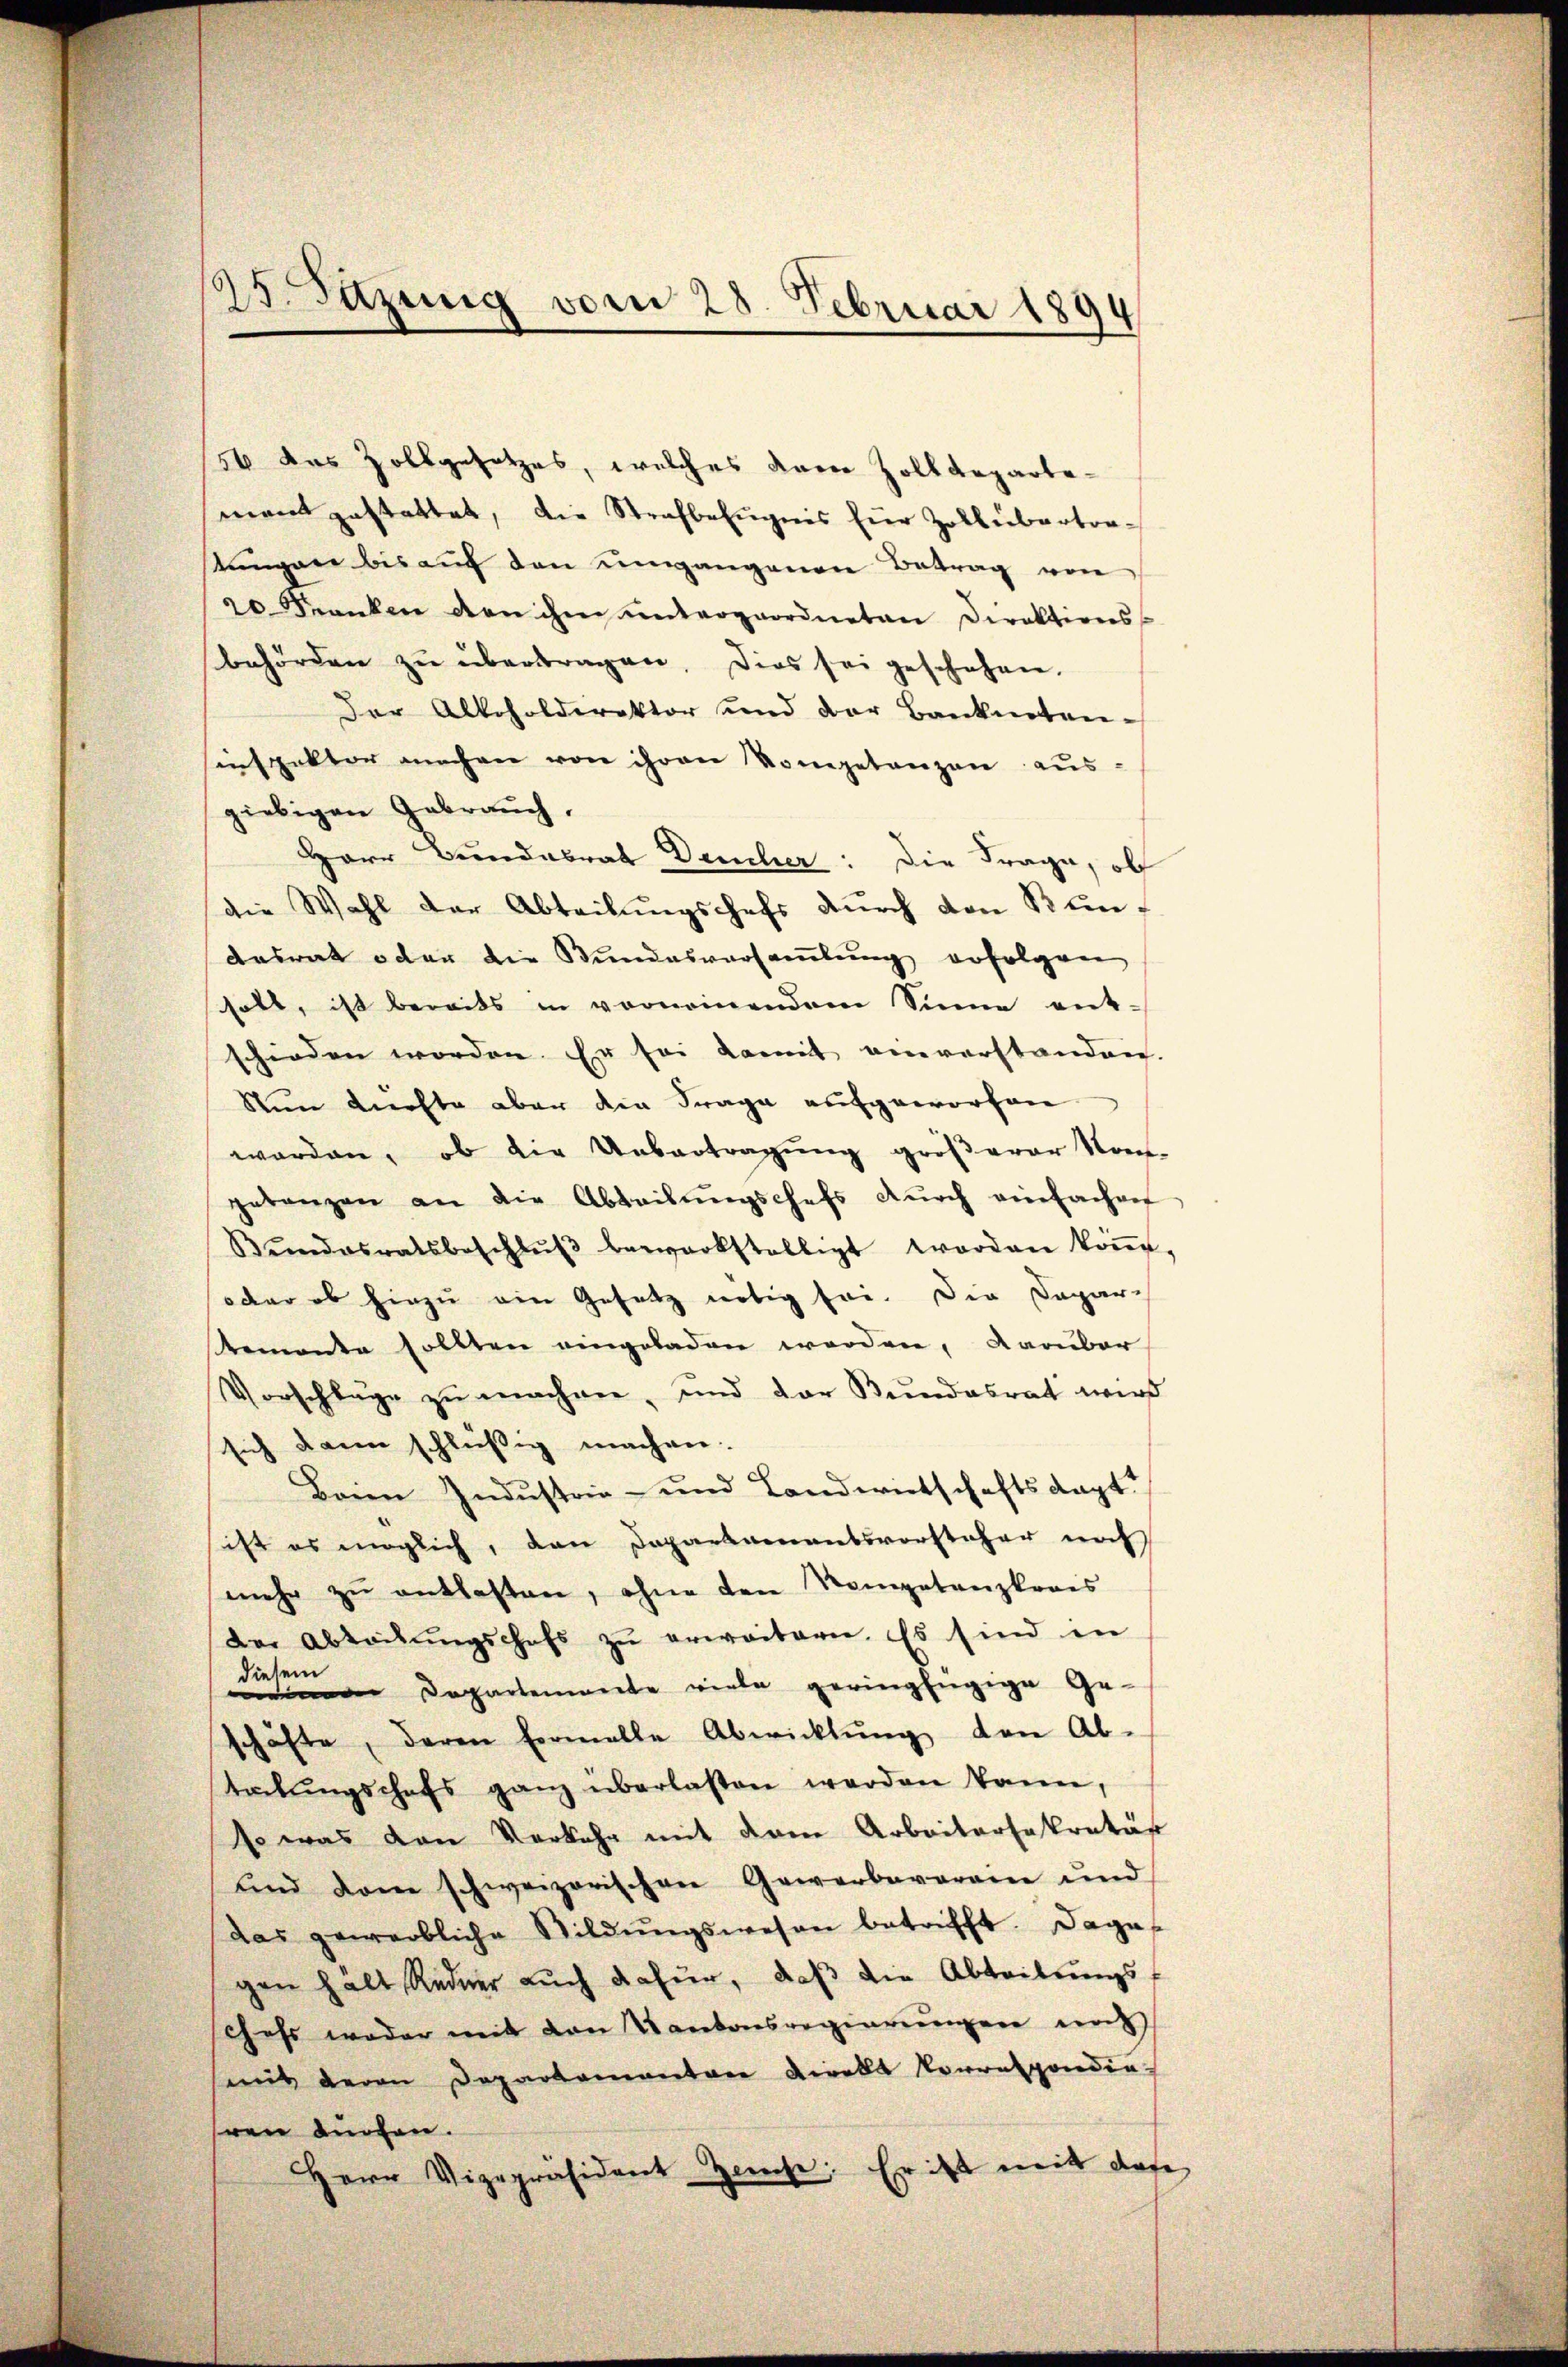
25. Satzung vom 25. Februar 1899

56 das Zollgesetzes, welches dem Zolldepartement gestattet, die Strafbefugnis für Zollübertra-
tungen bis auf den ungangenen Betrag von
20 Franken den ihm untergeordneten Direktions-
behörden zŭ übertragen. Dies sei geschehen.
Der Alkoholdirektor und der Banknoten-
sinspektor machen von ihren Vompetenzen aus-
giebigen Gebrauch,
Herr Bundesrat Deucher: Die Frage, ob
die Wahl der Abteilungschefs dŭrch den Bundesrat oder die Bundesversamlung erfolgen
soll, ist bereits in vornennendem Sinne ent-
schieden worden. Er sei damit einverstanden.
Nun dürfte aber die Frage aufgeworfen
worden, ob die Uebertragung größerer Not-
getanzen an die Abteilŭngschefs dŭrch einfachen
Bŭndesratsbeschlŭβ bewerkstelligt worden köṅe.
oder ob hiezu ein Gesetz nötig sei. Die Dapar-
temente sollten eingeladen werden, darüber
Vorschläge zŭ machen, und der Bundesrat wird
sich dann schlüßig machen.
Beim Industrie- und Landwirtschaftsdagt?
sist es möglich, den Departamentsvorsteher noch
mehr zŭ entlasten, ohne den Nompetenzkrais
Der Abteilungschefs zu erweitern. Es sind in
diese Departemente viele geringfügige Geschäfte, deren Formelle Abwicklung den Ab-
telŭngschafs ganz überlassen werden kann,
so was den Verkehr mit dem Arbeitersekretär
und dem schweizerischen Gewerbeverein und
das gewerbliche Wildŭngswesen betrifft. Dagegen halt Redner aŭch dafür, daβ die Abteilŭngs-
chefs weder mit den Kantonsregierungen nach
mit deren Departementar vielle Vorrespondin
ren dürfen.
Herr Vizepräsident Zieche; Er ist mit das